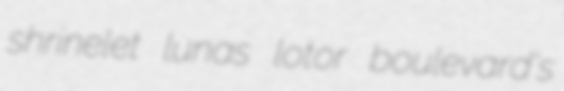
shrinelet lunas lotor boulevard's